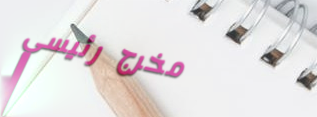
مخرج رئيسي